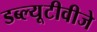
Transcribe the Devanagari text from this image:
डब्ल्यूटीवीजे